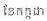
ខែកក្កដា